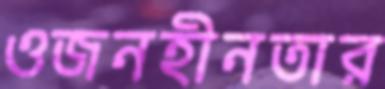
ওজনহীনতার